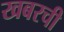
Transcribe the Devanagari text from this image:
खबरची